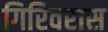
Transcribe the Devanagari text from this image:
गिरिवरास